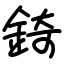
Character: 錡